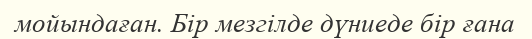
мойындаған. Бір мезгілде дүниеде бір ғана